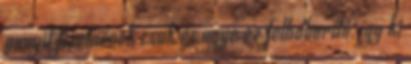
annyit fizetnének csak és ugye ez felháborító, így ki